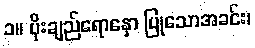
၁။ ပိုးချည်ရောနှော ပြုသောအခင်း၊